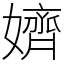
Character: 𡣙